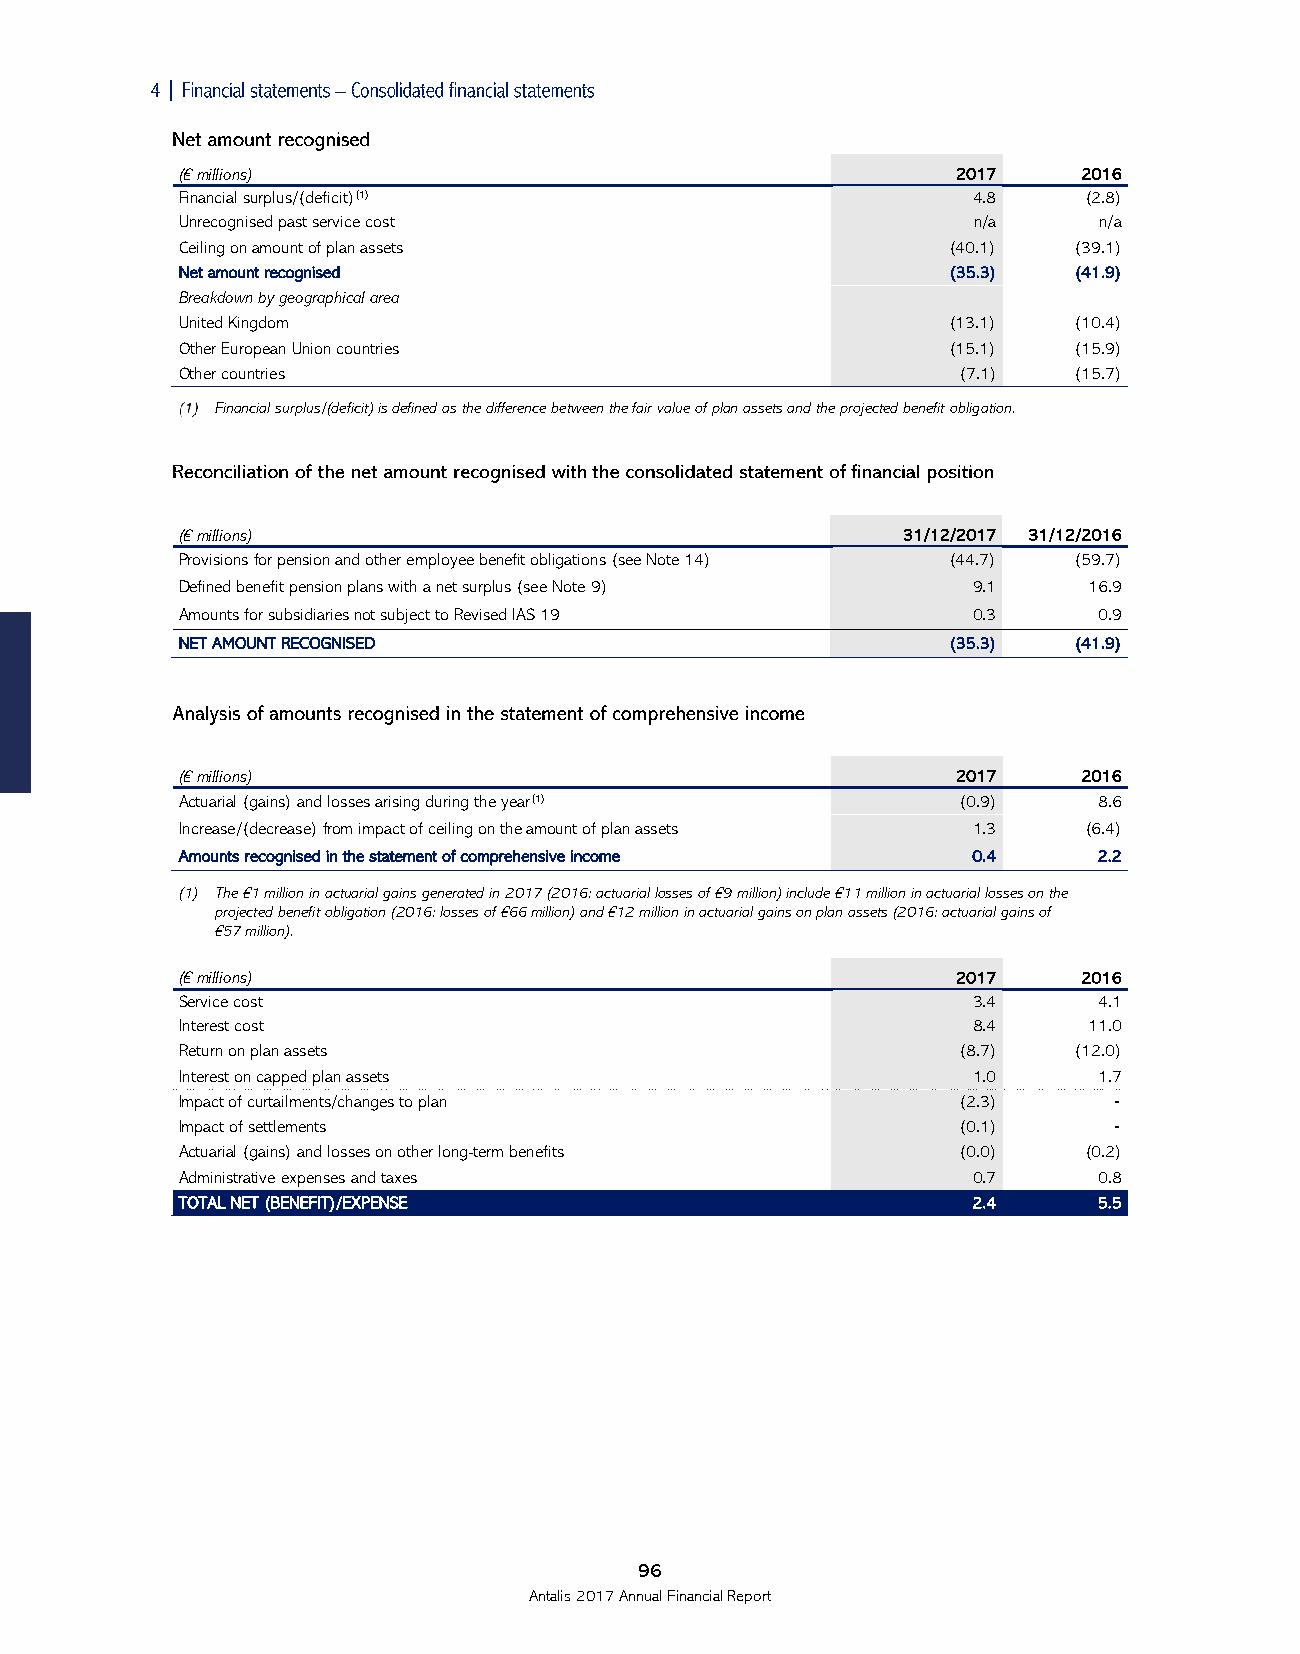

 (€ millions)                                       2017     2016
 Financial surplus/(deficit)(1)                      4.8     (2.8)
 Unrecognised past service cost                      n/a      n/a
 Ceiling on amount of plan assets                   (40.1)  (39.1)
 Net amount recognised                              (35.3)  (41.9)
 Breakdown by geographical area
 United Kingdom                                     (13.1)  (10.4)
 Other European Union countries                     (15.1)  (15.9)
 Other countries                                    (7.1)   (15.7)
 Financial surplus/(deficit) is defined as the difference between the fair value of plan assets and the projected benefit obligation.
 (€ millions)                                    31/12/2017 31/12/2016
 Provisions for pension and other employee benefit obligations (see Note 14) (44.7) (59.7)
 Defined benefit pension plans with a net surplus (see Note 9) 9.1 16.9
 Amounts for subsidiaries not subject to Revised IAS 19 0.3   0.9
 NET AMOUNT RECOGNISED                              (35.3)  (41.9)
 (€ millions)                                       2017     2016
 Actuarial (gains) and losses arising during the year(1) (0.9) 8.6
 Increase/(decrease) from impact of ceiling on the amount of plan assets 1.3 (6.4)
 Amounts recognised in the statement of comprehensive income 0.4 2.2
 (1) The €1 million in actuarial gains generated in 2017 (2016: actuarial losses of €9 million) include €11 million in actuarial losses on the
 projected benefit obligation (2016: losses of €66 million) and €12 million in actuarial gains on plan assets (2016: actuarial gains of
 €57 million).
 (€ millions)                                       2017     2016
 Service cost                                        3.4      4.1
 Interest cost                                       8.4     11.0
 Return on plan assets                              (8.7)   (12.0)
 Interest on capped plan assets                      1.0      1.7
 Impact of curtailments/changes to plan             (2.3)      ‑
 Impact of settlements                              (0.1)      ‑
 Actuarial (gains) and losses on other long-term benefits (0.0) (0.2)
 Administrative expenses and taxes                   0.7      0.8
 TOTAL NET (BENEFIT)/EXPENSE                         2.4      5.5
 96
 Antalis 2017 Annual Financial Report